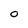
Character: O